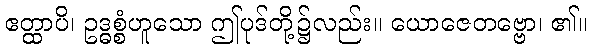
ဧတ္ထာပိ၊ ဥဒ္ဓစ္စံဟူသော ဤပုဒ်တို့၌လည်း။ ယောဇေတဗ္ဗော၊ ၏။